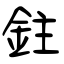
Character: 鉒